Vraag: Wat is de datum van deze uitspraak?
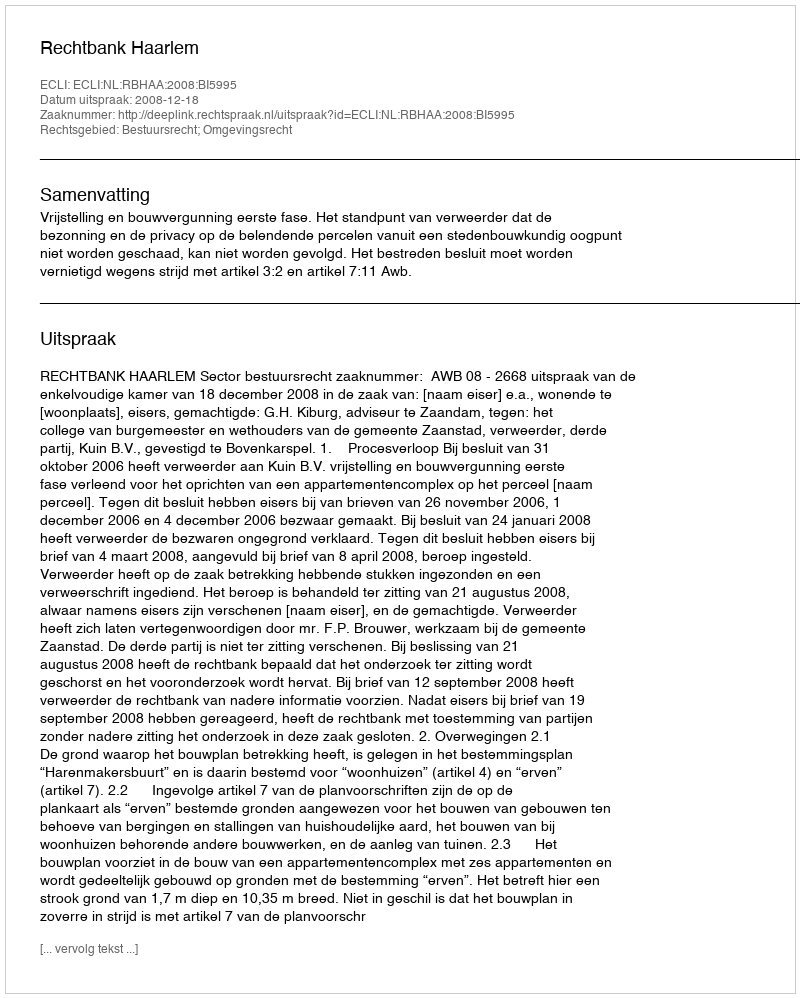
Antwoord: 2008-12-18